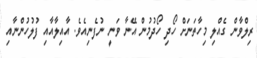
ރިލްވާން ގެއްލި މިހާތަނަށް ހޯދި ހޯދުމުން އޭނާ ވަނީ ނުފެނިއެވެ. އާއިލާއާއި ފުލުހުންނާއި